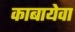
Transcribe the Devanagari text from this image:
काबायेवा